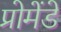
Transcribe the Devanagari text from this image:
प्रोमेंडे